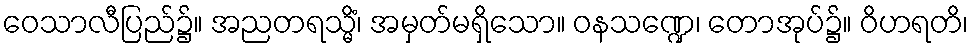
ဝေသာလီပြည်၌။ အညတရသ္မိံ၊ အမှတ်မရှိသော။ ဝနသဏ္ဍေ၊ တောအုပ်၌။ ဝိဟရတိ၊